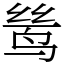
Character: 鸶